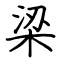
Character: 梁